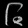
Digit: ၆